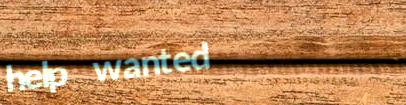
help wanted